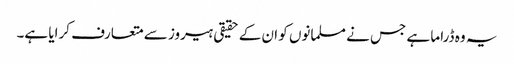
یہ وہ ڈراما ہے جس نے مسلمانوں کو ان کے حقیقی ہیروز سے متعارف کرایا ہے۔